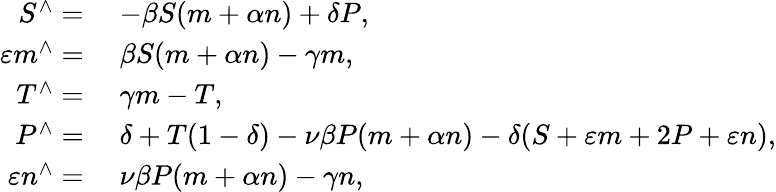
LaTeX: \begin{array}{rl}{S^{\wedge}=}&{\; -\beta S(m+\alpha n)+\delta P,}\\ {\varepsilon m^{\wedge}=}&{\; \beta S(m+\alpha n)-\gamma m,}\\ {T^{\wedge}=}&{\; \gamma m-T,}\\ {P^{\wedge}=}&{\; \delta+T(1-\delta)-\nu\beta P(m+\alpha n)-\delta(S+\varepsilon m+2P+\varepsilon n),}\\ {\varepsilon n^{\wedge}=}&{\; \nu\beta P(m+\alpha n)-\gamma n,}\end{array}